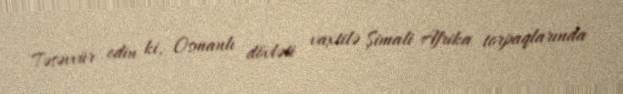
Təsəvvür edin ki, Osmanlı dövləti vaxtilə Şimali Afrika torpaqlarında